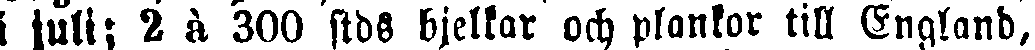
i juli; 2 à 300 stds bjelkar och plankor till England,